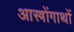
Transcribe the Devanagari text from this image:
आस्त्रोंगाथों